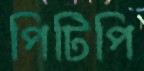
পিটিপি